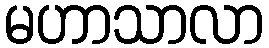
မဟာသာလာ